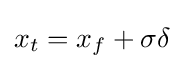
x_{t}=x_{f}+\sigma \delta